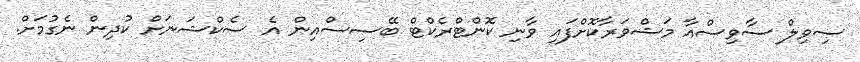
ސިވިލް ސާވިސްއާ މަޝްވަރާކޮށްފައި ވާނި ކޮންޓްރެކްޓް ބޭސިސްއިން އެ ސެކްޝަނަށް ކުދިން ނެގުމަށް.